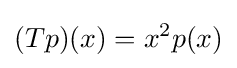
(Tp)(x)=x^{2}p(x)